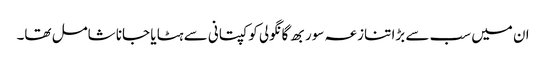
ان میں سب سے بڑا تنازعہ سوربھ گانگولی کو کپتانی سے ہٹا یا جانا شامل تھا۔